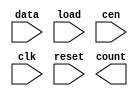
////////////////////////////////////////////////////////////////////////////////
//
//       This confidential and proprietary software may be used only
//     as authorized by a licensing agreement from Synopsys Inc.
//     In the event of publication, the following notice is applicable:
//
//                    (C) COPYRIGHT 1994 - 2018 SYNOPSYS INC.
//                           ALL RIGHTS RESERVED
//
//       The entire notice above must be reproduced on all authorized
//     copies.
//
//
// VERSION:   Simulation Architecture
//
// DesignWare_version: b22fcb2d
// DesignWare_release: O-2018.06-DWBB_201806.3
//
////////////////////////////////////////////////////////////////////////////////
//-----------------------------------------------------------------------------------
//
// ABSTRACT:  LFSR Counter with Loadable Data Input
//           Programmable wordlength (width in integer range 1 to 50)
//           positive edge-triggering clock: clk
//           asynchronous reset(active low): reset
//           loadable (active low): load
//           when load = '0' load data and xor previous count
//           when load = '1' regular lfsr up counter
//           count state : count
//           when reset = '0', count <= "000...000"
//           counter state 0 to 2**width-2, "111...111" illegal state
//
// MODIFIED:
//
//           07/15/2015  Liming Su   Changed for compatibility with VCS Native
//                                   Low Power
//           07/14/94 06:14am
//           GN  Feb. 16th, 1996
//           changed DW03 to DW03
//           remove $generic and $end_generic
//           define paramter = 8
//------------------------------------------------------------------------------

module DW03_lfsr_load
  (data, load, cen, clk, reset, count);

  parameter integer width = 8 ;
  input [width-1 : 0] data;
  input load, cen, clk, reset;
  output [width-1 : 0] count;

  // synopsys translate_off

  reg right_xor, shift_right;
  reg [width-1 : 0] q, d, de, datax;

`ifdef UPF_POWER_AWARE
`protected
\e(O-[[A:?)b@9W9c#C5&DXSVHg-98:A005,V-EW:7\,#@#LQAV-3)5A1>.\XKIL
S__(Fg6g=H(O_TTKDFR9aGF]D?=f1Fa3&88KBXeX>TWL5a,Z5FZX,,HZH8f^OXJR
:UJKO06VW,;B6I<[WSeA.@dG(>__D\eW<CGe>EO7CD4ged8U>+(8=b@WW_d).&);
^.Y?BTCVWF3IL48bJfCBD)XD.2@G\,:PR:#2[Y\5-0OV07g(I6@_,U3AZ4/?I](^
KO;+b\#H,.KBT&VD]dUAC2-?>YNAZJYTC]Q\\;gEX>c(Y^+,>8&_4\6;90VZa]U^
U5TCe4JR994[./\^/fT>?H9BRdd<@WC=2&48+e2._eP\+QG2H79gS>2ND6PK6aT<
3S4]TU_,QTP[-0S(/IJ[)Zb]].e@>K9I3(@ZfYWCF#+aVCZY+&V=8?X0.V71:VJa
E09RA&TW2@>;c1V@6dHCb9=Xg,U?L])UK0+eON;UPXT\AU;<5XcQN2HXEdf9^a?8
faO@aVHNF370,E[CCHc>L^K?1.J85?2#G_#2IX29^NMF8[]Z9K2BHc\Na@J-cLLc
4@6fe93>2+Qf)FY0_:c97f]\AH#3D(?_bMb)a7Y>P,+JE6CAaM[]9=^[A],)KLV<
;CPHa^]\IC.2-eFEbM=ETT]FJ2&]<I8JG_dV_;PI3B99<FRTgI4GW3?R00?g)X][
]bH+dR(-W1Z<Jc9EQ[,0c3JF-L&FQ^+L^NSX&/36X7U:J\KLMW+9WNDJ1/C6EQ//
1+-^T)P?gZ/baW;+AZEW_g^F)BQFR_>-R/<HR1]TgLZ])^7=?)VHCHY_:O+7;#]c
U2#._()L:b+eKFPNe?<bG=d<g653bZCJTa>JH/],&<de0MA&_>ZH(\HK>7>X,cd3
W;a6)PcD.,U/X,RNRTO]FfT.SK8/:.1b:_1L:gW?[IA48GP+G\eBV_3TJN)_GN)3
J:/c)WV6<LO5U-3<MPeQe9Bb1QC5^MBeR2f(N>BP,<@OU3#_NZb_^^BT/34c-68M
;&TK.KEeJIGaBc<T(XLJgKIf92^cfW>P\I;0NR<e(d1<b?UME.U.Qe#[e>.-^>S/
_7Lf^8CAcK:PD,?]gK#?S)(dYaV1&ZQ:QUS2K;-T_A5K^)A@;K-4+@a367Sa=Qg2
,HNX@NUQV3TH,gAIJE72PEHXc9OK+&Q]68_OXBJ\PCS474CbT<>TD<a3&?@8ZCVe
Z)^Qba#LS/b&d@b/E3dTOUbcO,F>#6fbAA)7LB#=F8?f8]AbTM2g:\g7L[gZ^9RW
)0]Q>\+g)N:_T^+f1S;W#B<M4>SB_0X2168.Y<,:QfH.eH(]8][\\VU949J3U6T<
QU-=cN761@N=S+VR]Hb3D1?XZVMeN@J&gE+Bf:54#9,,fMZ8M8DW_0=8.TQa9S<6
637QHX@)fL&IL):^&>gMEa8OA1L6FVV#:0.<b^^S#O?)4X<4cE4/dT8[bVM6)P.G
)03<f>,5:=0G)0_,P8M=]OdH-Y_)K+MI1@K:G2(OL&@gg;8Uc;e@<@fX_(O>Ea@b
^ZFd0F2VgZ6HC=)C?&>Y7U=)d&;WSdQ\>)Sc;G:8efb-ZT+WF.XeURRgT0F/8(K:
a-/P(\9/XXL<V19XM/8W@Z=;\XaI=UK6M<aW7<2=cX\L5]U=f>Xd-[<cgb)(BTXQ
=fRY]):\4&=2\K(U93&b6G;(M1.[ZMb+&KJ</@=Cg[S(,1d(U?+g^L?&H]@(=2I@
;./@7;G-SdJe=B;,@3a)&B)\R/bQ:/LVMGY(@>fg(WYgSBCU.B#K\b##F;RIQNO[T$
`endprotected

`else
  reg [width-1 : 0] p;
`endif

  function [width-1 : 0] shr;
    input [width-1 : 0] a;
    input msb;
    reg [width-1 : 0] b;
    begin
      b = a >> 1;
      b[width-1] = msb;
      shr = b;
    end
  endfunction

  assign count = q;

`ifndef UPF_POWER_AWARE
  initial
    begin
    case (width)
      1: p = 1'b1;
      2,3,4,6,7,15,22: p = 'b011;
      5,11,21,29,35: p = 'b0101;
      10,17,20,25,28,31,41: p = 'b01001;
      9,39: p = 'b010001;
      23,47: p = 'b0100001;
      18: p = 'b010000001;
      49: p = 'b01000000001;
      36: p = 'b0100000000001;
      33: p = 'b010000000000001;
      8,38,43: p = 'b01100011;
      12: p = 'b010011001;
      13,45: p = 'b011011;
      14: p = 'b01100000000011;
      16: p = 'b0101101;
      19: p = 'b01100011;
      24: p = 'b011011;
      26,27: p = 'b0110000011;
      30: p = 'b011000000000000011;
      32,48: p = 'b011000000000000000000000000011;
      34: p = 'b01100000000000011;
      37: p = 'b01010000000101;
      40: p = 'b01010000000000000000101;
      42: p = 'b0110000000000000000000011;
      44,50: p = 'b01100000000000000000000000011;
      46: p = 'b01100000000000000000011;
      default p = 'bx;
    endcase
    end
`endif

  always
    begin: proc_shr
      right_xor = (width == 1) ? ~ q[0] : ^ (q & p);
      shift_right = ~ right_xor;
      @q;
    end // proc_shr

  always
    @(load or cen or shift_right or q or data)
    begin
      datax = data ^ shr(q,shift_right);
      de = load ? shr(q,shift_right) : datax;
      d = cen ? de : q;
    end

  always @(posedge clk or negedge reset)
    begin
      if (reset === 1'b0)
        begin
          q <= 0;
        end
      else
        begin
          q <= d;
        end
    end

  // synopsys translate_on

endmodule // DW03_lfsr_load